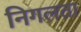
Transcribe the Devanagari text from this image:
निगलता